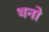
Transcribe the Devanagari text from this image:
थनो